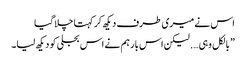
اس نے میری طرف دیکھ کر کہتا چلا گیا
” بالکل وہی…. لیکن اس بار ہم نے اس بجلی کو دیکھ لیا۔